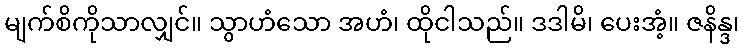
မျက်စိကိုသာလျှင်။ သွာဟံသော အဟံ၊ ထိုငါသည်။ ဒဒါမိ၊ ပေးအံ့။ ဇနိန္ဒ၊